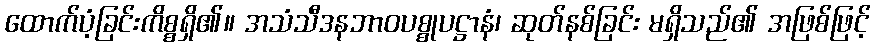
ထောက်ပံ့ခြင်းကိစ္စရှိ၏။ အသံသီဒနဘာဝပစ္စုပဋ္ဌာနံ၊ ဆုတ်နစ်ခြင်း မရှိသည်၏ အဖြစ်ဖြင့်